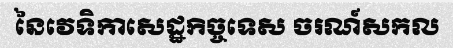
នៃវេទិកាសេដ្ឋកិច្ចទេស ចរណ៍សកល